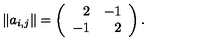
\| a _ { i , j } \| = \left( \begin{array} { r r } { 2 } & { - 1 } \\ { - 1 } & { 2 } \\ \end{array} \right) .